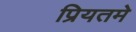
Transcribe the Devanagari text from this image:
प्रियतमे